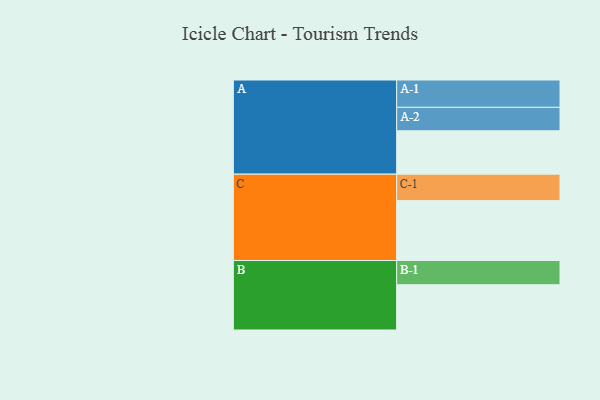
{"axis": {"x": "Segment", "y": "Value"}, "legend": ["", "A", "B", "C"], "data": [{"x": "A", "y": 392, "type": ""}, {"x": "B", "y": 409, "type": ""}, {"x": "C", "y": 541, "type": ""}, {"x": "A-1", "y": 247, "type": "A"}, {"x": "A-2", "y": 212, "type": "A"}, {"x": "B-1", "y": 219, "type": "B"}, {"x": "C-1", "y": 239, "type": "C"}]}